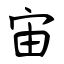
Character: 宙